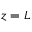
z = L